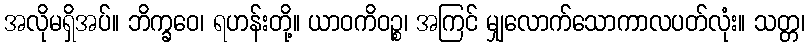
အလိုမရှိအပ်။ ဘိက္ခဝေ၊ ရဟန်းတို့။ ယာဝကိဝဉ္စ၊ အကြင် မျှလောက်သောကာလပတ်လုံး။ သတ္တ၊